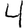
Digit: 4